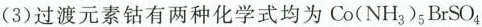
(3)过渡元素钴有两种化学式均为Co(NH_{3})_{5}BrSO_{4}